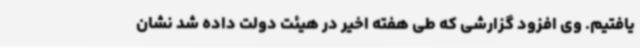
یافتیم. وی افزود گزارشی که طی هفته اخیر در هیئت دولت داده شد نشان